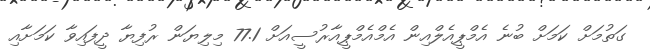
ގަތުމަށް ކަމަށް ބުނެ އެމްޕީއެލްއިން އެމްއެމްޕީއާރުސީއަށް 77.1 މިލިޔަން ރުފިޔާ ދީފައިވާ ކަމަށާއި